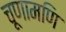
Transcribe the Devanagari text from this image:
चूणामणि